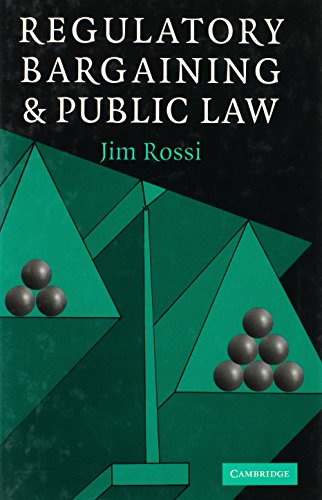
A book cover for Regulatory Bargaining and Public Law; Jim Rossi; Law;